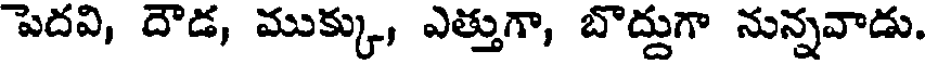
పెదవి, దౌడ, ముక్కు, ఎత్తుగా, బొద్దుగా నున్నవాడు.